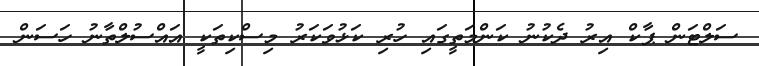
ސަލްޓަން ޕާކް އިރު ދެކުނު ކަންމަތީގައި ހުރި ކަޅުވަކަރު މިސްކިތަކީ އައްސުލްތާނު ހަސަން